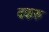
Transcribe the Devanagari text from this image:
बकरु